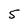
Character: 5